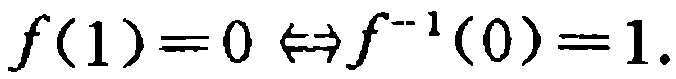
\(f(1)=0 \Leftrightarrow f^{-1}(0)=1.\)